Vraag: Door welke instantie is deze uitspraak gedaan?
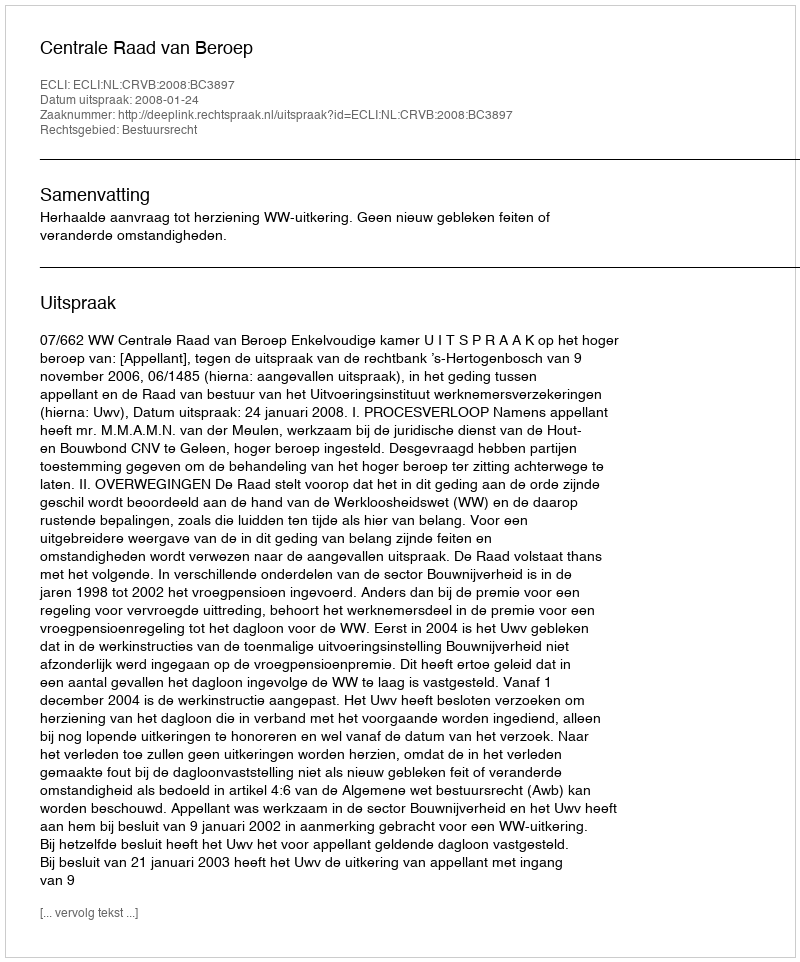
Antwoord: Centrale Raad van Beroep